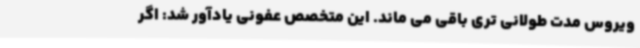
ویروس مدت طولانی تری باقی می ماند. این متخصص عفونی یادآور شد: اگر